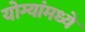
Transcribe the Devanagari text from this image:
योग्यांमध्ये